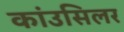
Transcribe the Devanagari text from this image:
कांउसिलर